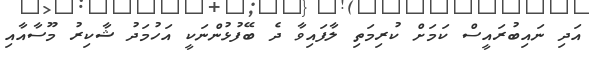
އަދި ނައިބުރައީސް ކަމަށް ކުރިމަތި ލާފައިވާ ދެ ބޭފުޅުންނަކީ އަހުމަދު ޝާކިރު މޫސާއާއި